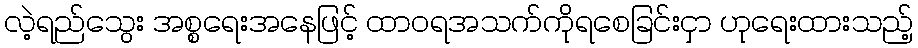
လဲ့ရည်သွေး အစ္စရေးအနေဖြင့် ထာဝရအသက်ကိုရစေခြင်းငှာ ဟုရေးထားသည့်